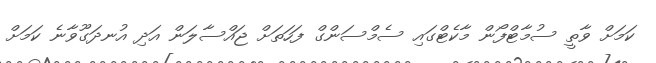
ކަމަށް ވާތީ ސުމާޓްފޯން މާކެޓްގައި ސެމްސަންގް ފަހަތަށް ޖައްސާލަން އަދި އުނދަގޫވާނެ ކަމަށް